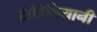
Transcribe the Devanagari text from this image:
टाहिलियानी